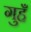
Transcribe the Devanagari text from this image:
गुहँ